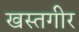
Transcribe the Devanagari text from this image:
खस्तगीर